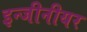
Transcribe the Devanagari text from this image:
इन्जीनीयर